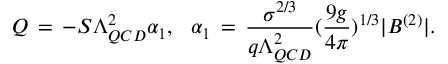
Q \, = \, - S \Lambda _ { Q C D } ^ { 2 } \alpha _ { 1 } , ~ ~ \alpha _ { 1 } \, = \, \frac { \sigma ^ { 2 / 3 } } { q \Lambda _ { Q C D } ^ { 2 } } ( \frac { 9 g } { 4 \pi } ) ^ { 1 / 3 } | B ^ { ( 2 ) } | .